Medical and sanitary report of the native army of Bengal for the year
Year: 1877
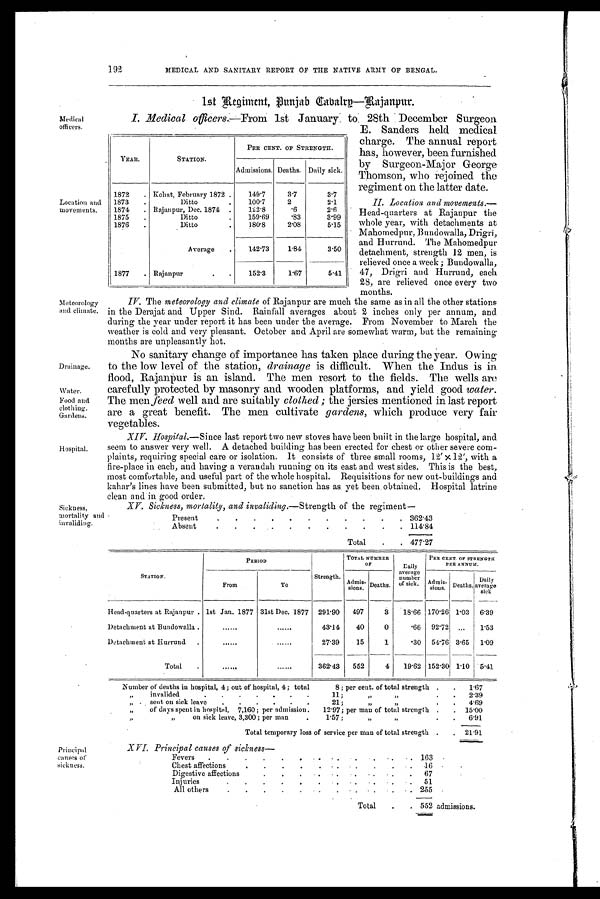
192
MEDICAL AND SANITARY REPORT OF THE NATIVE ARMY OF BENGAL.
Medical
officers.
Location and
movements.
Meteorology
and climate.
Drainage.
water.
Food and
clothing.
Gardens.
Hospital.
Sickness,
mortality sun.
1st Regiment, Punjab Cabalry—Rajanpur.
I. Medical officers.
—Fr om 1st Januar y t o 28t h December Sur geon
E. Sanders held medical
charge. The annual report
has, however, been furnished
by Surgeon-Major George
Thomson, who rejoined the
regiment on the latter date.
II. Location and movements.—
Head-quarters at Rajanpur the
whole year, with detachments at
Mahornedpur, Bundowalla, Drigri,
and Hurrund. The Mahomedpur
detachment, strength 12 men, is
relieved once a week ; Bundowalla,
47, Drigri and Hurrund, each
28, are relieved once every two
months.
IV. The meteorology and climate of Rajanpur are much the same as in all the other stations
in the Derajat and Upper Sind. Rainfall averages about 2 inches only per annum, and
during the year under report it has been under the average. From November to March the
weather is cold and very pleasant. October and April are somewhat warm, but the remaining
months are unpleasantly hot.
No sanitary change of importance has taken place during the year. Owing
to the low level of the station, drainage is difficult. When the Indus is in
flood, Rajanpur is an island. The men resort to the fields. The wells are
carefully protected by masonry and wooden platforms, and yield good water.
The men feed well and are suitably clothed; the jersies mentioned in last report
are a great benefit. The men cultivate gardens, which produce very fair
vegetables.
XIV. Hospital.— Since last report two new stoves have been built in the large hospital, and
seem to answer very well. A detached building has been erected for chest or other severe com-
plaints, requiring special care or isolation. It consists of three small rooms, 12' x12', with a
fire-place in each, and having a verandah running on its east and west sides. This is the best,
most comfortable, and useful part of the whole hospital. Requisitions for new out-buildings and
kahar's lines have been submitted, but no sanction has as yet been obtained. Hospital latrine
clean and in good order.
XV. Sickness, mortality, and invalidina.—Strength of the regiment—
Present
.
.
.
.
.
.
.
.
.
.
. 362.43
Absent
.
.
.
.
.
.
.
.
.
. 114.84
Total
.
. 477.27
YEAR.
STATION.
PER CENT. OF STRENGTH.
Admissions. Deaths. Daily sick.
1872
. Kohat, February 1872 .
149.7
3.7
3.7
1873
.
Ditto
.
100.7
2
2.1
1874
. Rajanpur, Dec. 1874
.
122.8
. 6
2.6
1875
.
Ditto
.
159.69
. 8 3
3.99
1876
.
Ditto
.
180.8
2.08
5.15
Average
142.73
1.84
3.50
1877
. Rajanpur
.
.
152.3
1.67
5.41
STATION.
PERIOD
Strength.
TOTAL NUMBER
OF
Daily
average
number
of sick .
PER CENT. OF STRENGTH
PER ANNUM.
From
To
A d m i s - s i o n s .
Deaths.
Admis-
sions.
Deaths.
Daily
average
sick
Head-quarters at Rajanpur . 1st Jan. 1877 31st Dec. 1877 291.90
497
3 18.66 170.26 1.03 6.39
Detachment at Bundowalla .
43.14
40
0
.66 92.72 ... 1.53
Detachment at Hurrund
.
27.39
15
1
.30
54.76 3.65
1.09
Total
.
......
......
362.43
552
4
19.62 152.30
1. 10 5.41
Number of deaths in hospital, 4; out of hospital, 4; total
8; per cent. of total strength .
.
1.67
„
invalided
.
.
. . .
11;
„ „
.
.
.
2.39
„
sent on sick leave
.
.
.
.
.
.
21;
„
„
.
.
4.69
„
of days spent in hospital,
7,160 ; per admission.
12.97; per man of total strength .
.
15.00
„
„
on sick leave, 3,300; per man
.
1.57;
„
„
•
•
6.91
Total temporary loss of service per man of total strength .
.
21.91
Principal
c auses of
s ickness.
XVI. Principal causes of sickness
Fevers
.
.
.
.
. . .
.
.
. 163
Chest affections
.
.
.
.
.
.
.
.
.
. 16
Digestive affections .
.
.
.
.
. .
.
.
.
67
Injuries.
.
.
.
.
.
. .
. .
.
5 1 .
All others
.
.
.
.
.
. .
.
.
.
•
2 5 5
Total
.
. 552 admissions.